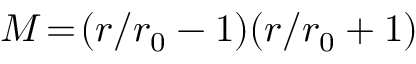
M \! = \! ( r / r _ { 0 } - 1 ) ( r / r _ { 0 } + 1 )